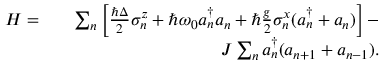
\begin{array} { r l r } { H = } & { } & { \sum _ { n } \left[ \frac { \hbar \Delta } { 2 } \sigma _ { n } ^ { z } + \hbar \omega _ { 0 } a _ { n } ^ { \dagger } a _ { n } + \hbar \frac { g } { 2 } \sigma _ { n } ^ { x } ( a _ { n } ^ { \dagger } + a _ { n } ) \right] - } \\ & { } & { J \sum _ { n } a _ { n } ^ { \dagger } ( a _ { n + 1 } + a _ { n - 1 } ) . } \end{array}